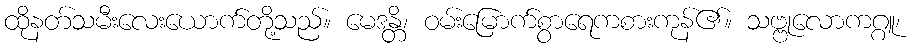
ထိုနတ်သမီးလေးယောက်တို့သည်။ မေဒန္တိ၊ ဝမ်းမြောက်စွာရေကစားကုန်၏။ သဗ္ဗုလောကဂ္ဂူ၊